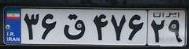
۳۶ق۴۷۶۲۹